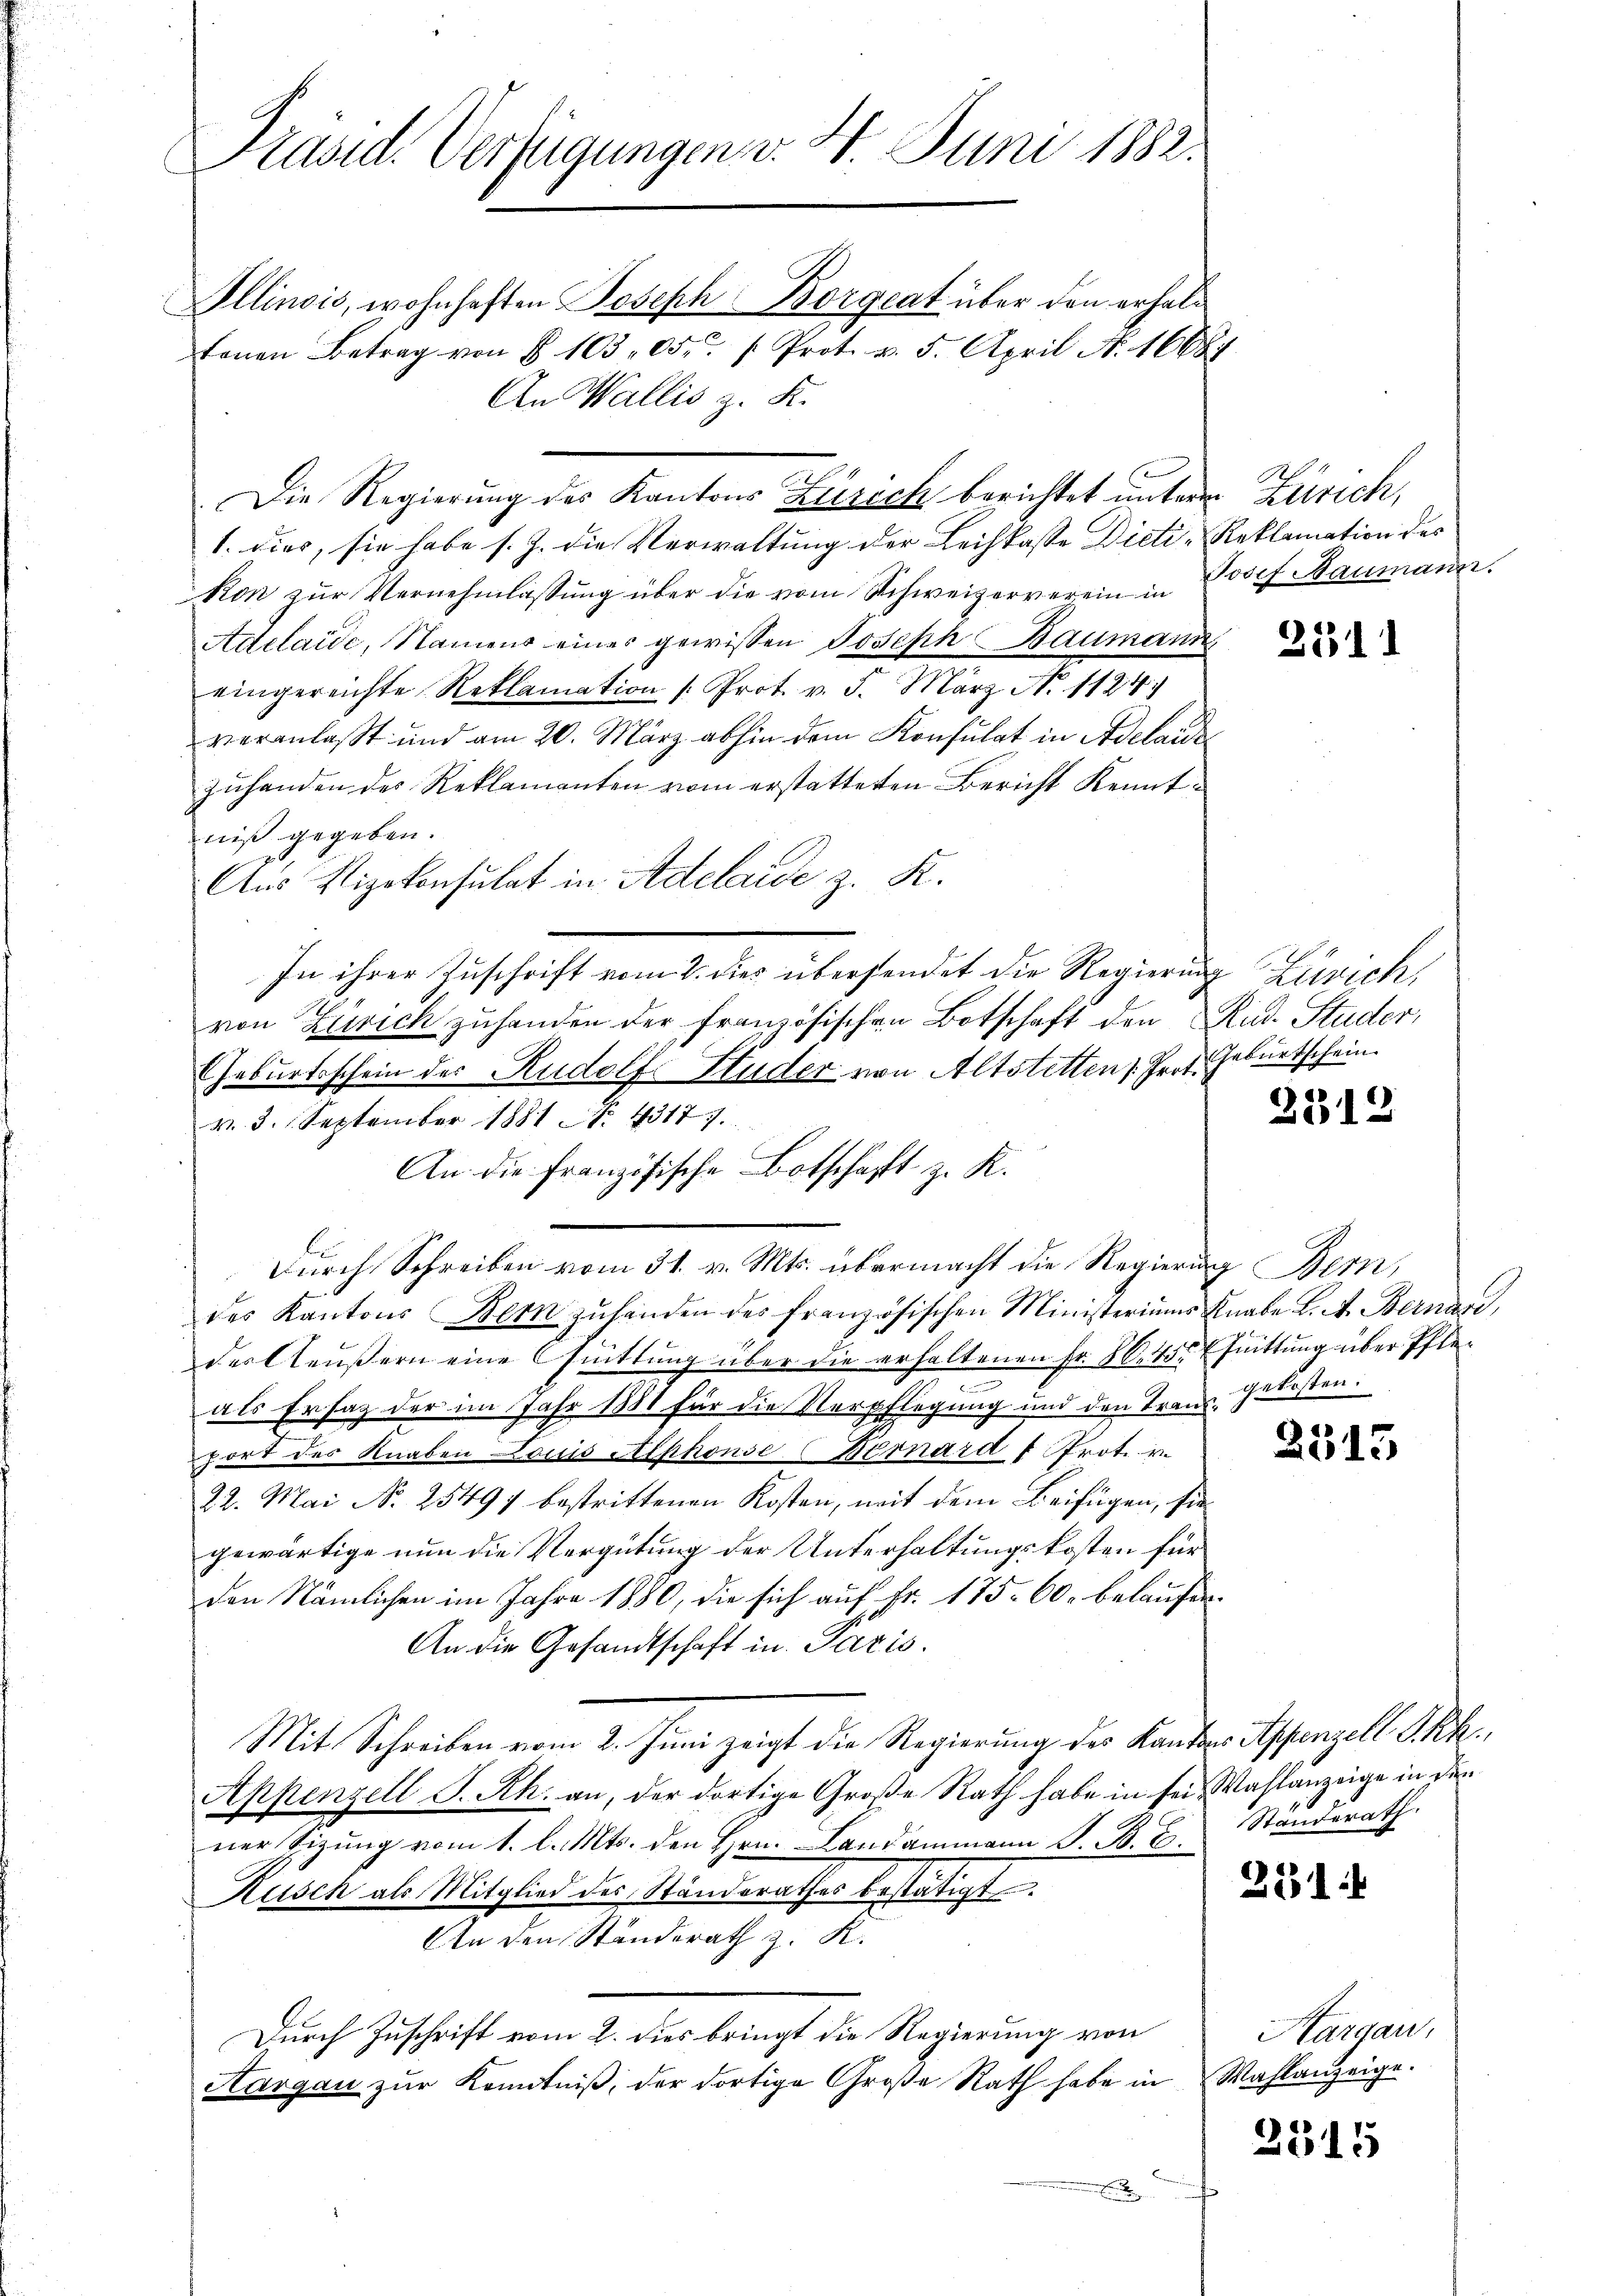
Präsid. Verfügungen v. 4. Juni 1882.

Ollinois, wohnhaften Joseph Borgeat über den erhalte
fenen Betrag von § 10305. 1. Prot. v. 5. April N. 16087
An Wallis z. K.
Die Regierŭng des Kantons Zürich berichtet unterm Zürich,
1. dies, sie habe s. Z. die Verwaltung der Leihkasse Dieti-Reklamation des
kon zŭr Vernehmlassŭng über die vom Schweizerverein in Josef Maumann.
Adelaide, Namens eines gewissen Joseph Baumann
eingereichte Reklamation (Prot. v. 5. März No. 1124
veranlaßt und am 20. März abhin dem Konsulat in Adelaide
zuhanden des Reklamanten vom erstatteten Bericht Kenntniß gegeben.
Aus Vizekonsulat in Adelaide z. K.
In ihrer Zuschrift vom 2. dies übersendet die Regierung Zürich,
h
von Zürich zuhanden der französischen Botschaft den Rud. Studer,
Geburtsschein des Rudolf Studer von Altstetten Prof. Geburtschein.
Durch Schreiben vom 31. v. Mts. übermacht die Regierung Bern,
des Kantons Bern zŭ handen des französischen Ministeriums Knabe L. A. Bernard,
der Aeußern eine Quittung über die erhaltenen Fr. 80. 45 fuittung über Pfle¬
.
als Ersatz der im Jahr 1881 für die Verpflegung und den Trans-Gelosten.
port des Knaben Louis Alphonse (Bernard u Prot. v.
22. Mai No 25497 bestrittenen Kosten, mit dem Beifügen, sie
gewärtige nun die Vergütung der Unterhaltungskosten für
den Nämlichen im Jahre 1880, die sich auf Fr. 175. 60. belaufen.
An die Gesandtschaft in Paris.
Mit Schreiben vom 2. Juni zeigt die Regierung des Kantons Appenzell I.Rh.,
Appenzell P. Rh. an, der dortige Große Rath habe in sei Wahlanzeige in den
ner Sizung vom 1. l. Mts. den Hrn. Landammann S. B. E. Standerath.
Kusch als Mitglied des Standsrathes bestätigt.
An den Standerath z. K.
Durch Zuschrift vom 2. dies bringt die Regierung von
Aargau zŭr Kenntniβ, der dortige Große Rath habe in Wahlanzeige.
E

v. 3. September 1881 Nr. 43177.

An die französische Botschaft z. K.

2511

3312

2315

351

Aargau,

2315